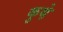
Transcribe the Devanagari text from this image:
कुथ़े